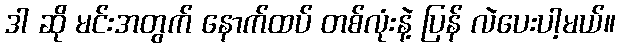
ဒါ ဆို မင်းအတွက် နောက်ထပ် တစ်လုံးနဲ့ ပြန် လဲပေးပါ့မယ်။